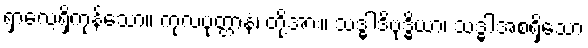
ရှာလေ့ရှိကုန်သော။ ကုလပုတ္တာနံ၊ တို့အား။ သဒ္ဓါဒိဗုဒ္ဓိယာ၊ သဒ္ဓါအစရှိသော